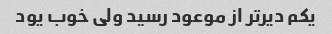
یکم دیر‌تر از موعود رسید ولی خوب یود